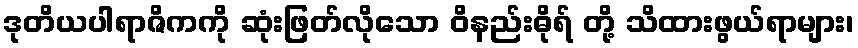
ဒုတိယပါရာဇိကကို ဆုံးဖြတ်လိုသော ဝိနည်းဓိုရ် တို့ သိထားဖွယ်ရာများ၊